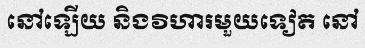
នៅឡើយ និងវិហារមួយទៀត នៅ